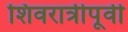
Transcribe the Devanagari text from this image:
शिवरात्रीपूर्वी